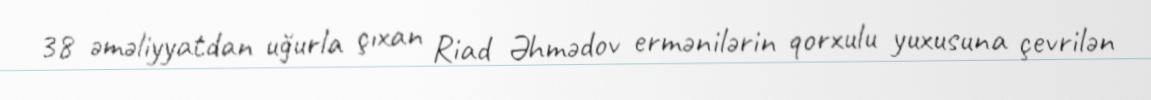
38 əməliyyatdan uğurla çıxan Riad Əhmədov ermənilərin qorxulu yuxusuna çevrilən